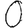
Digit: 0